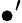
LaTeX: \bullet^{\prime}